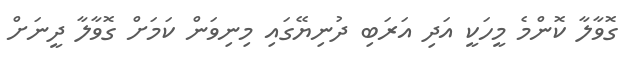
ގޮވާލާ ކޮންމެ މީހަކީ އަދި އަރަބި ދުނިޔޭގައި މިނިވަން ކަމަށް ގޮވާލާ ދީނަށް